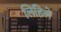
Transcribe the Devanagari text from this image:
लिहिलेे